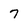
Character: 7